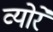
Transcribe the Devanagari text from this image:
व्योरे